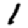
Digit: 1